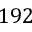
1 9 2